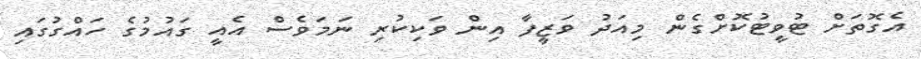
އެގޮތަށް ޓުވީޓުކޮށްގެން މިއަދު ވަޒީފާ އިން ވަކިކުރި ނަމަވެސް އެއީ ގައުމުގެ ހައްގުގައި